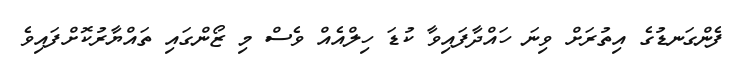
ފެންގަނޑުގެ އިތުރަށް ވިނަ ހައްދާފައިވާ ކުޑަ ހިލްއެއް ވެސް މި ޒޯންގައި ތައްޔާރުކޮށްފައިވެ